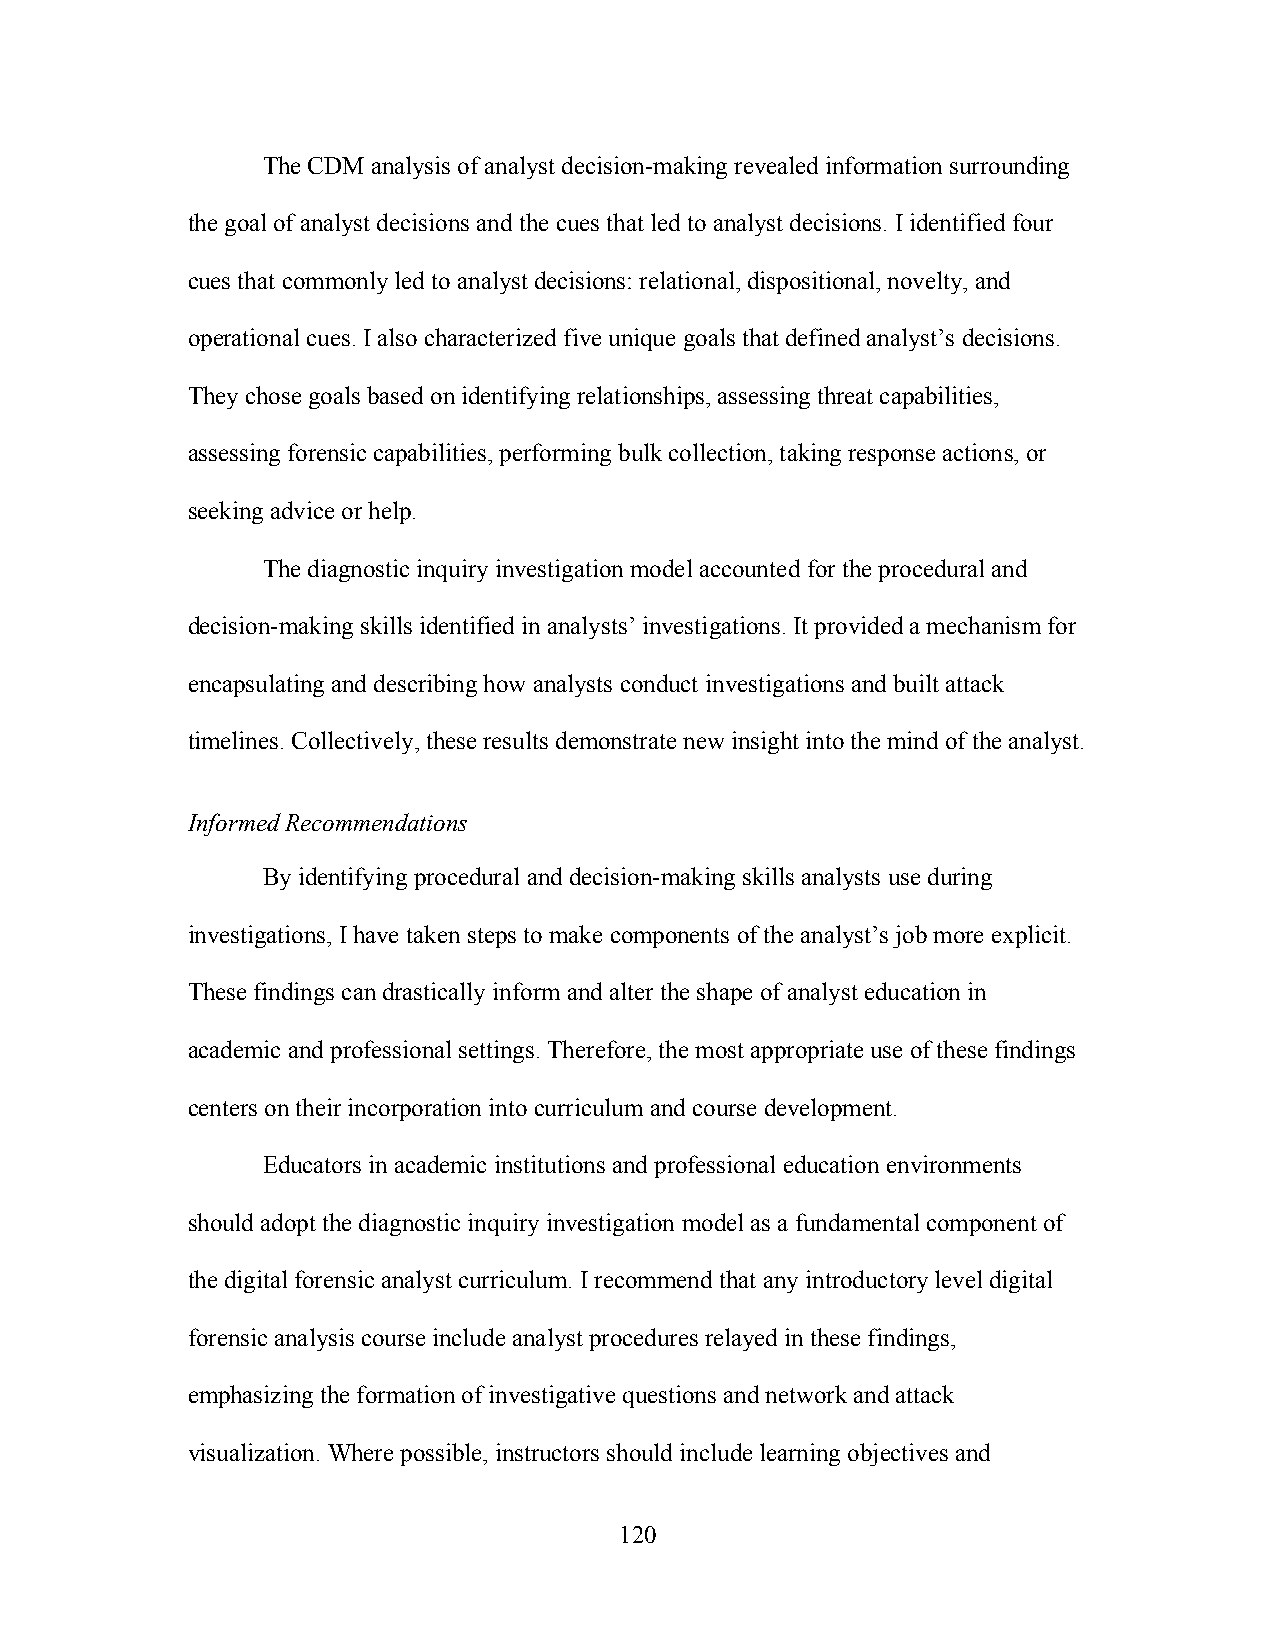
The CDM analysis of analyst decision-making revealed information surrounding
 the goal of analyst decisions and the cues that led to analyst decisions. I identified four
 cues that commonly led to analyst decisions: relational, dispositional, novelty, and
 operational cues. I also characterized five unique goals that defined analyst’s decisions.
 They chose goals based on identifying relationships, assessing threat capabilities,
 assessing forensic capabilities, performing bulk collection, taking response actions, or
 seeking advice or help.
 The diagnostic inquiry investigation model accounted for the procedural and
 decision-making skills identified in analysts’ investigations. It provided a mechanism for
 encapsulating and describing how analysts conduct investigations and built attack
 timelines. Collectively, these results demonstrate new insight into the mind of the analyst.
 Informed Recommendations
 By identifying procedural and decision-making skills analysts use during
 investigations, I have taken steps to make components of the analyst’s job more explicit.
 These findings can drastically inform and alter the shape of analyst education in
 academic and professional settings. Therefore, the most appropriate use of these findings
 centers on their incorporation into curriculum and course development.
 Educators in academic institutions and professional education environments
 should adopt the diagnostic inquiry investigation model as a fundamental component of
 the digital forensic analyst curriculum. I recommend that any introductory level digital
 forensic analysis course include analyst procedures relayed in these findings,
 emphasizing the formation of investigative questions and network and attack
 visualization. Where possible, instructors should include learning objectives and
 120